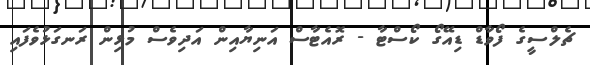
ޗެލްސީގެ ފޯވާޑް ޑިއޭގޯ ކޯސްޓާ - ރޮއެޓާސް އަނިޔާއިން އަދިވެސް މުޅިން ރަނގަޅުވެފައި